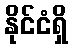
နိုင်ငံရှိ